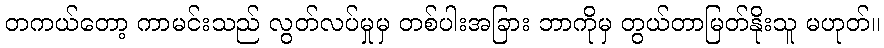
တကယ်တော့ ကာမင်းသည် လွတ်လပ်မှုမှ တစ်ပါးအခြား ဘာကိုမှ တွယ်တာမြတ်နိုးသူ မဟုတ်။